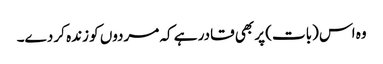
وہ اس (بات) پر بھی قادر ہے کہ مردوں کو زندہ کر دے۔